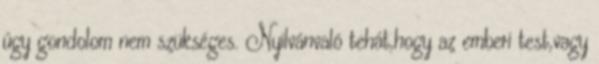
úgy gondolom nem szükséges. Nyilvánvaló tehát,hogy az emberi test,vagy